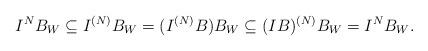
LaTeX: \begin{align*}I^N B_W \subseteq I^{(N)} B_W = (I^{(N)}B) B_W \subseteq (IB)^{(N)} B_W = I^N B_W.\end{align*}